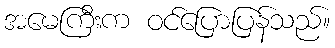
အမေကြီးက ဝင်ပြောပြန်သည်။